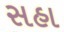
સહા